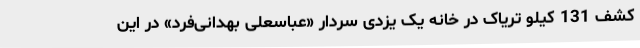
کشف 131 کیلو تریاک در خانه یک یزدی سردار «عباسعلی بهدانی‌فرد» در این